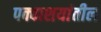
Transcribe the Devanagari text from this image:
पक्वाशयांतील